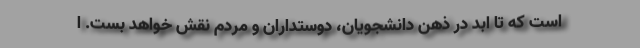
است که تا ابد در ذهن دانشجویان، دوستداران و مردم نقش خواهد بست. ا